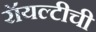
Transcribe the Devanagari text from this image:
रॉयल्टीची